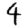
Digit: 4